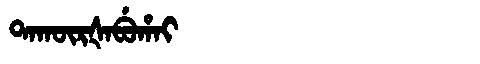
Manchu: ᡨᠠᡴᡡᡵᡧᠠᠪᡠᡥᠠᡳ
Romanization: TAKŪRŠABUHAI